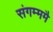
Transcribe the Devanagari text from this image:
संगम्ममै